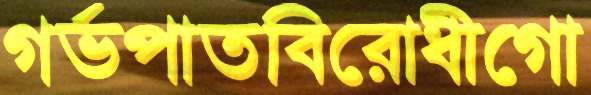
গর্ভপাতবিরোধীগো